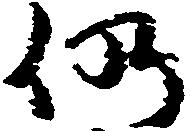
仍